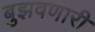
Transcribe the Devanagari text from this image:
बुझवणारी